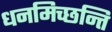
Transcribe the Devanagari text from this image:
धनमिच्छन्ति